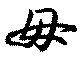
毋